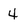
Character: 4